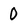
Character: 0